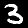
Label: 3